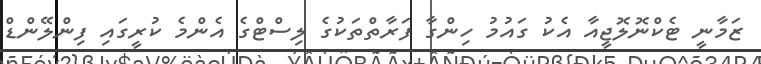
ޒަމާނީ ޓެކްނޮލޮޖީއާ އެކު ގައުމު ހިންގާ ފަރާތްތަކުގެ ލިސްޓްގެ އެންމެ ކުރީގައި ފިންލޭންޑް